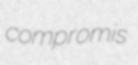
compromis